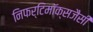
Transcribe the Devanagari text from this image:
निफर्टिमॉक्सजैसी